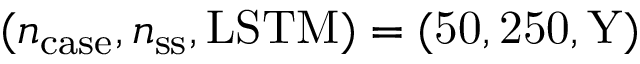
( n _ { \mathrm { c a s e } } , n _ { \mathrm { s s } } , \mathrm { L S T M ) = ( 5 0 , 2 5 0 , \mathrm { { Y } ) } }